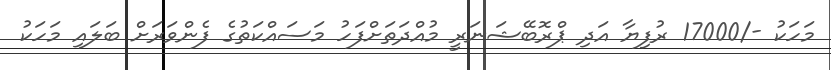
މަހަކު -/17000 ރުފިޔާ އަދި ޕްރޮބޭޝަނަރީ މުއްދަތަށްފަހު މަސައްކަތުގެ ފެންވަރަށް ބަލައި މަހަކު